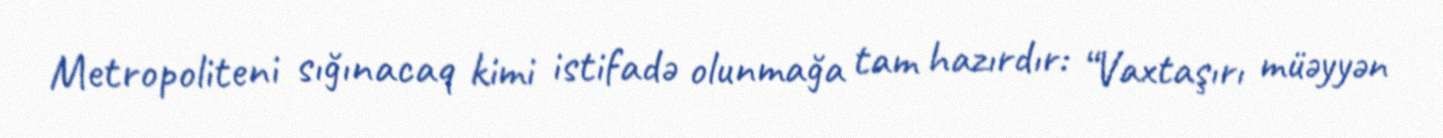
Metropoliteni sığınacaq kimi istifadə olunmağa tam hazırdır: “Vaxtaşırı müəyyən